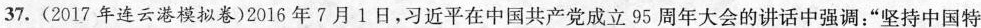
37. (2017年连云港模拟卷)2016 年 7 月 1 日，习近平在中国共产党成立95周年大会的讲话中强调：“坚持中国特